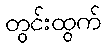
တွင်းထွက်